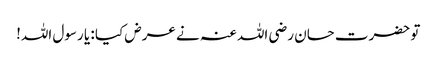
تو حضرت حسان رضی اللہ عنہ نے عرض کیا : یا رسول اللہ!